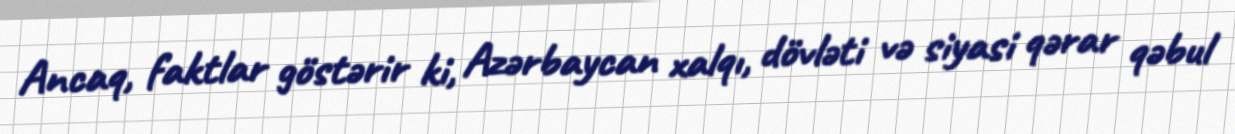
Ancaq, faktlar göstərir ki, Azərbaycan xalqı, dövləti və siyasi qərar qəbul